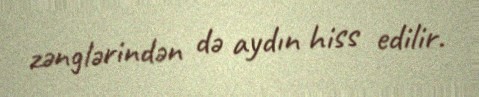
zənglərindən də aydın hiss edilir.